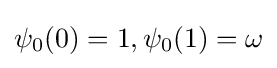
\psi _{0}(0)=1,\psi _{0}(1)=\omega